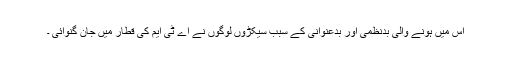
اس میں ہونے والی بدنظمی اور بدعنوانی کے سبب سیکڑوں لوگوں نے اے ٹی ایم کی قطار میں جان گنوائی ۔